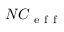
N C _ { \mathrm { ~ e ~ f ~ f ~ } }